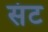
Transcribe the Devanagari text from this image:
संट